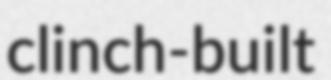
clinch-built